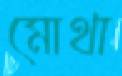
মোথা